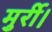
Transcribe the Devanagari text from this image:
मुर्री।